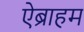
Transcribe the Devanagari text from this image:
ऐब्राहम